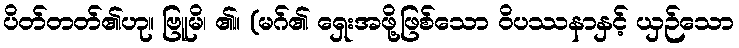
ပိတ်တတ်၏ဟု။ ဗြူမိ၊ ၏။ (မဂ်၏ ရှေးအဖို့ဖြစ်သော ဝိပဿနာနှင့် ယှဉ်သော